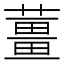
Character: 薑